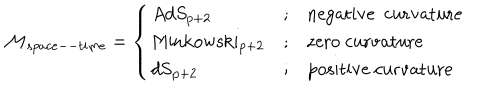
\mathcal { M } _ { s p a c e -- t i m e } = \left\{ \begin{array} { l c l } { { A d S _ { p + 2 } } } & { { ; } } & { { \mathrm { n e g a t i v e ~ c u r v a t u r e } } } \\ { { \mathrm { M i n k o w s k i _ { p + 2 } } } } & { { ; } } & { { \mathrm { z e r o ~ c u r v a t u r e } } } \\ { { \mathrm { d S _ { p + 2 } } } } & { { ; } } & { { \mathrm { p o s i t i v e ~ c u r v a t u r e } \ } } \\ \end{array} \right.